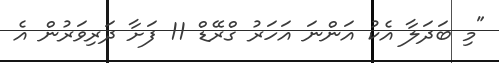
"މި ބަދަލާ އެކު އަންނަ އަހަރު ގްރޭޑް 11 ފަށާ ދަރިވަރުން އެ